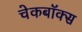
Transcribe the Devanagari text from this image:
चेकबॉक्स